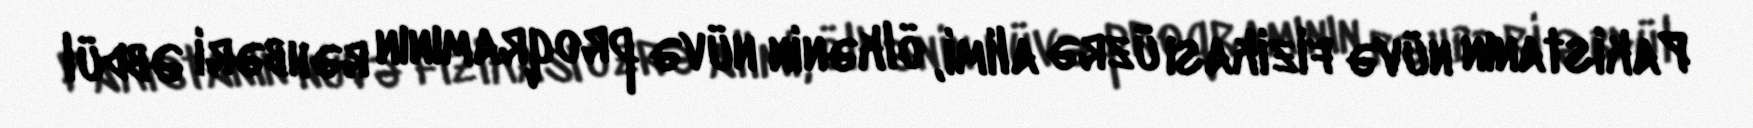
Pakistanın nüvə fizikası üzrə alimi, ölkənin nüvə proqramının rəhbəri Əbdül